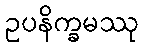
ဥပနိက္ခမဿု